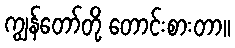
ကျွန်တော်တို့ တောင်းစားတာ။